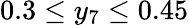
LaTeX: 0.3\leq y_{7}\leq 0.45